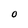
Character: O